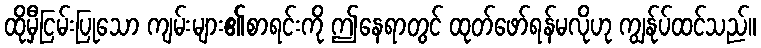
ထိုမှီငြမ်းပြုသော ကျမ်းများ၏စာရင်းကို ဤနေရာတွင် ထုတ်ဖော်ရန်မလိုဟု ကျွန်ုပ်ထင်သည်။